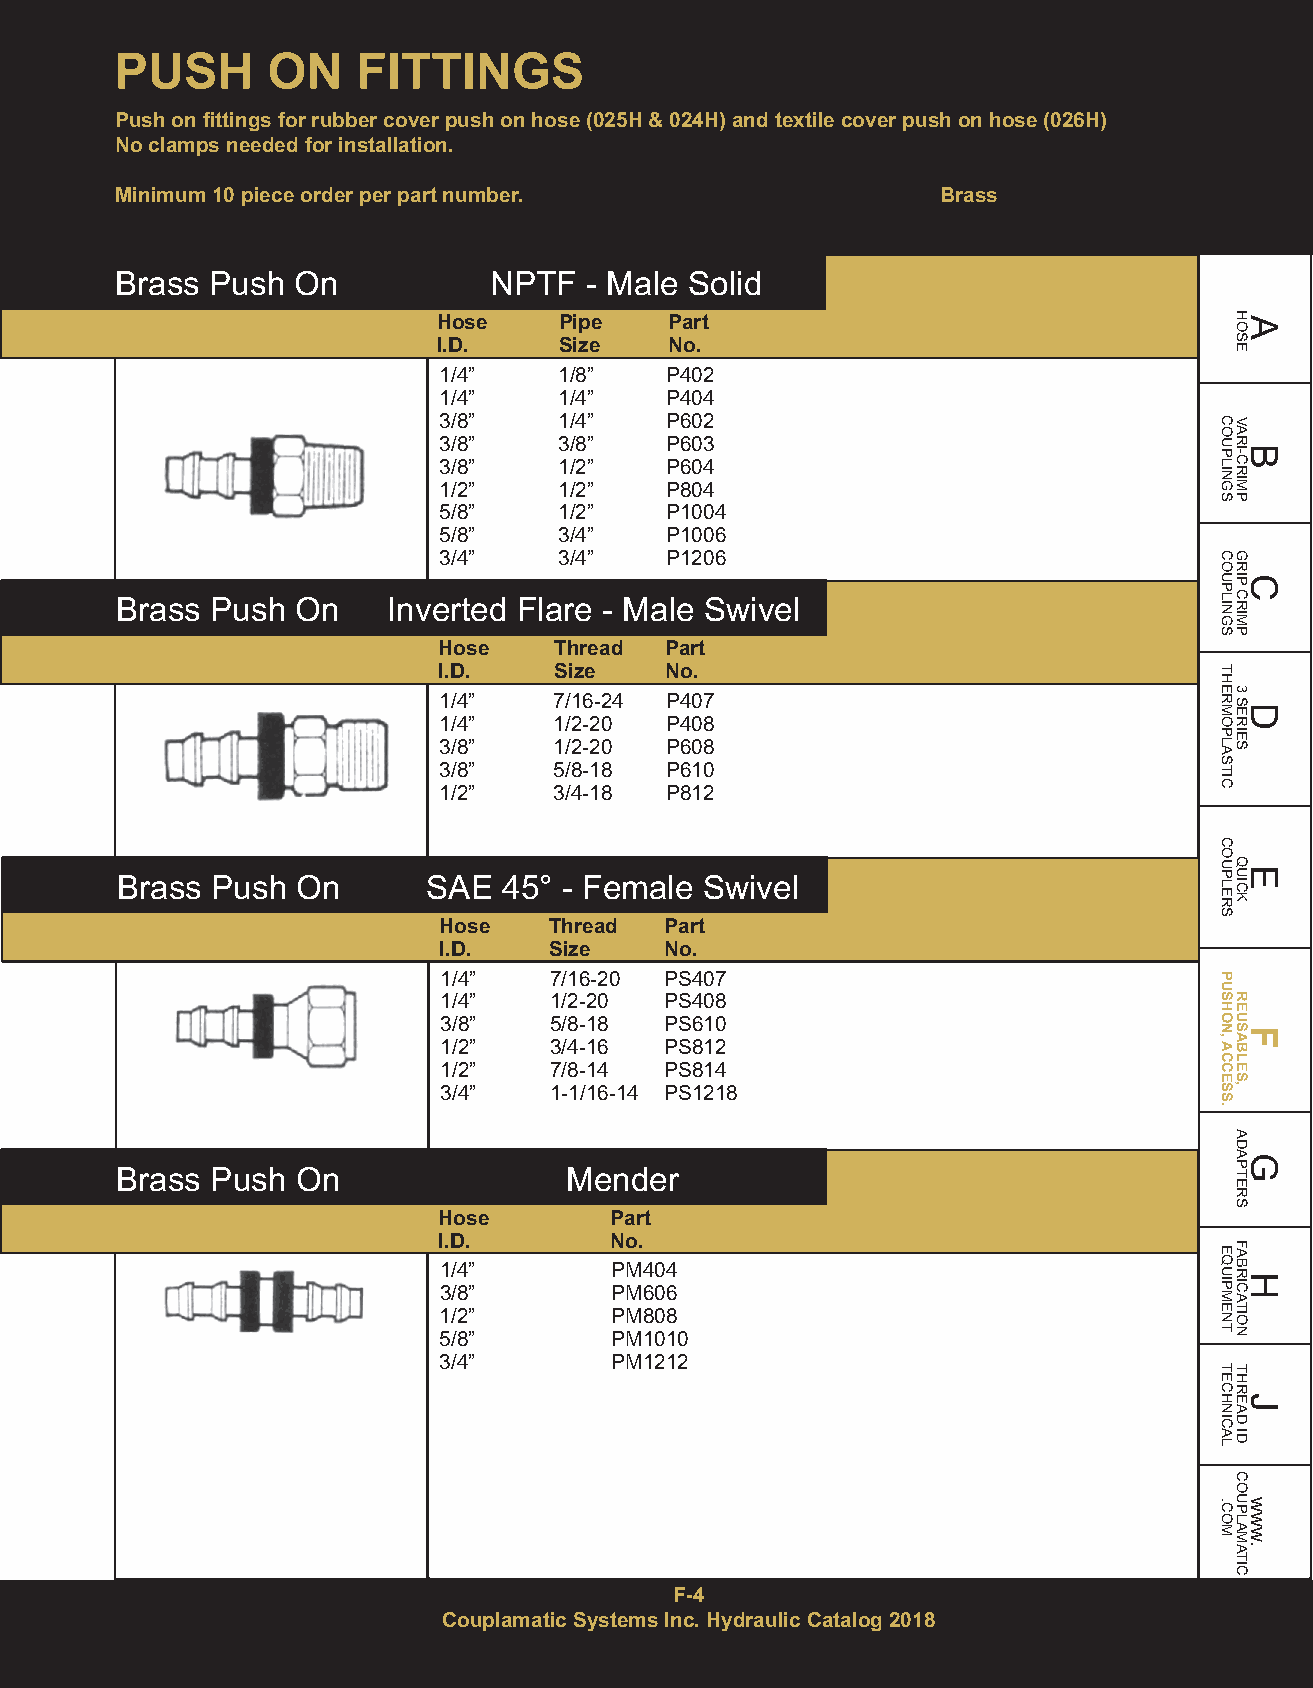
PUSH      ON    FITTINGS
 Push on fittings for rubber cover push on hose (025H& 024H) and textile cover push on hose (026H)
 No clamps needed for installation.
 Minimum 10 piece order per part number.               Brass
 Brass Push On           NPTF   - Male Solid
 Hose    Pipe   Part
 I.D.    Size   No.
 1/4”    1/8”   P402
 1/4”    1/4”   P404
 3/8”    1/4”   P602
 3/8”    3/8”   P603
 3/8”    1/2”   P604
 1/2”    1/2”   P804
 5/8”    1/2”   P1004
 5/8”    3/4”   P1006
 3/4”    3/4”   P1206
 Brass Push  On    Inverted Flare - Male Swivel
 Hose    Thread Part
 I.D.    Size   No.
 1/4”    7/16-24 P407
 1/4”    1/2-20 P408
 3/8”    1/2-20 P608
 3/8”    5/8-18 P610
 1/2”    3/4-18 P812
 Brass Push  On      SAE  45° - Female Swivel
 Hose   Thread  Part
 I.D.   Size    No.
 1/4”   7/16-20 PS407
 1/4”   1/2-20  PS408
 3/8”   5/8-18  PS610
 1/2”   3/4-16  PS812
 1/2”   7/8-14  PS814
 3/4”   1-1/16-14 PS1218
 Brass Push  On               Mender
 Hose       Part
 I.D.       No.
 1/4”       PM404
 3/8”       PM606
 1/2”       PM808
 5/8”       PM1010
 3/4”       PM1212
 F-4
 Couplamatic Systems Inc. Hydraulic Catalog 2018
 COUPLINGS
 COUPLINGS
 THERMOPLASTIC
 COUPLERS
 PUSHON,ACCESS.
 EQUIPMENT
 TECHNICAL
 .COM
 HAOSE
 VARBI-CRIMP
 GRICP
 CRIMP
 3
 SDERIES
 QEUICK
 REUSFABLES,
 ADAGPTERS
 FABRHICATION
 THRJEAD
 ID
 COUPLAMATIC
 www.